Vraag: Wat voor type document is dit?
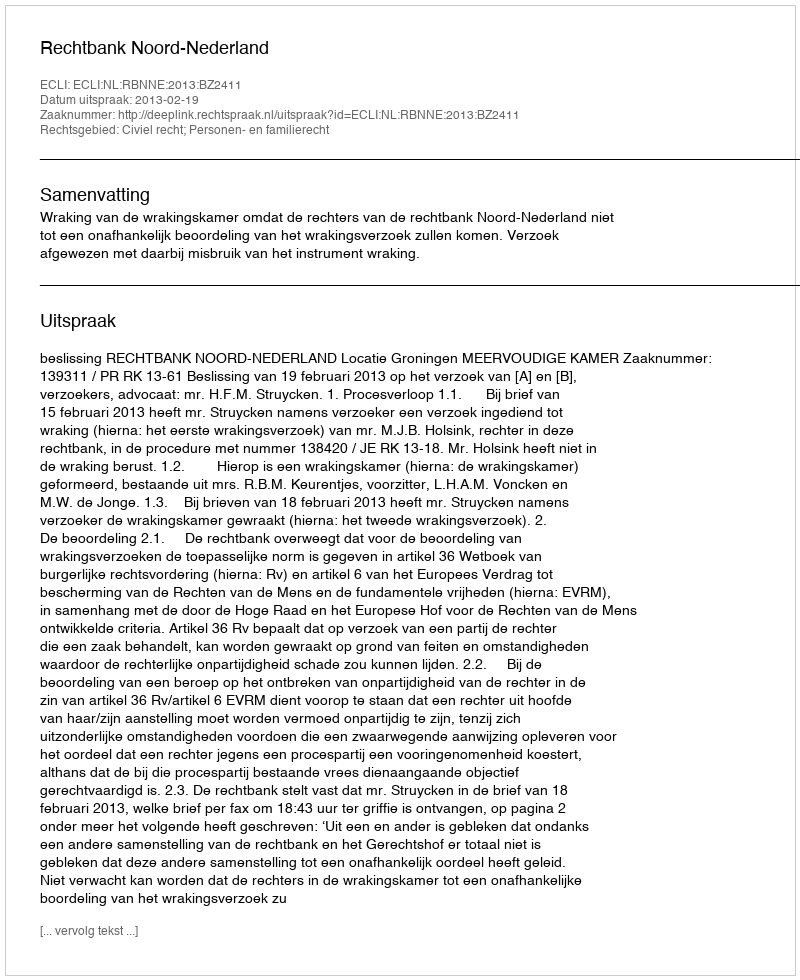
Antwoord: Uitspraak